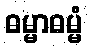
ဓမ္မာဓမ္မံ